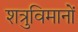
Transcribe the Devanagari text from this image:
शत्रुविमानों